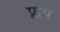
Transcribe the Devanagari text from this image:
फ़्रम